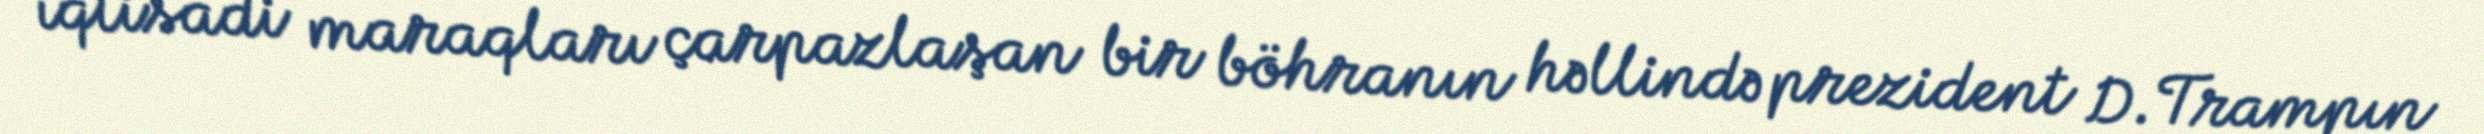
iqtisadi maraqları çarpazlaşan bir böhranın həllində prezident D.Trampın